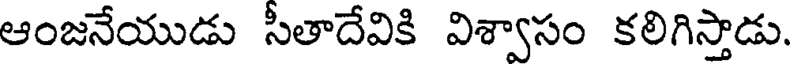
ఆంజనేయుడు సీతాదేవికి విశ్వాసం కలిగిస్తాడు.